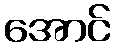
အောင်